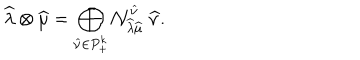
\widehat { \lambda } \otimes \widehat { \mu } = \bigoplus _ { \widehat { \nu } \in P _ { + } ^ { k } } { \cal N } _ { \widehat { \lambda } \widehat { \mu } } ^ { \widehat { \nu } } \ \widehat { \nu } .